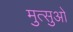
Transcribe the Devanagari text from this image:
मुत्सुओ